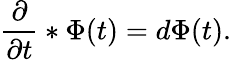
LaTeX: {\frac{\partial}{\partial t}}*\Phi(t)=d\Phi(t).